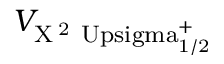
V _ { \mathrm { X \, ^ { 2 } \ U p s i g m a _ { 1 / 2 } ^ { + } } }